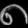
Digit: ၈